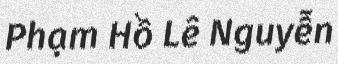
Phạm Hồ Lê Nguyễn